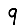
Digit: 9